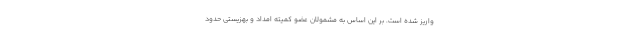
واریز شده است. بر این اساس به مشمولان عضو کمیته امداد و بهزیستی حدود